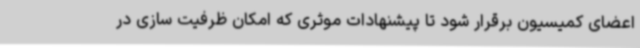
اعضای کمیسیون برقرار شود تا پیشنهادات موثری که امکان ظرفیت سازی در